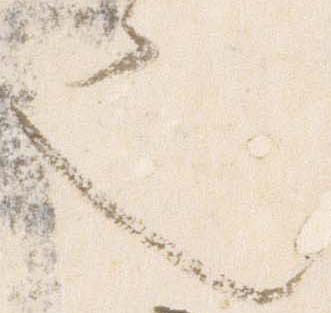
也